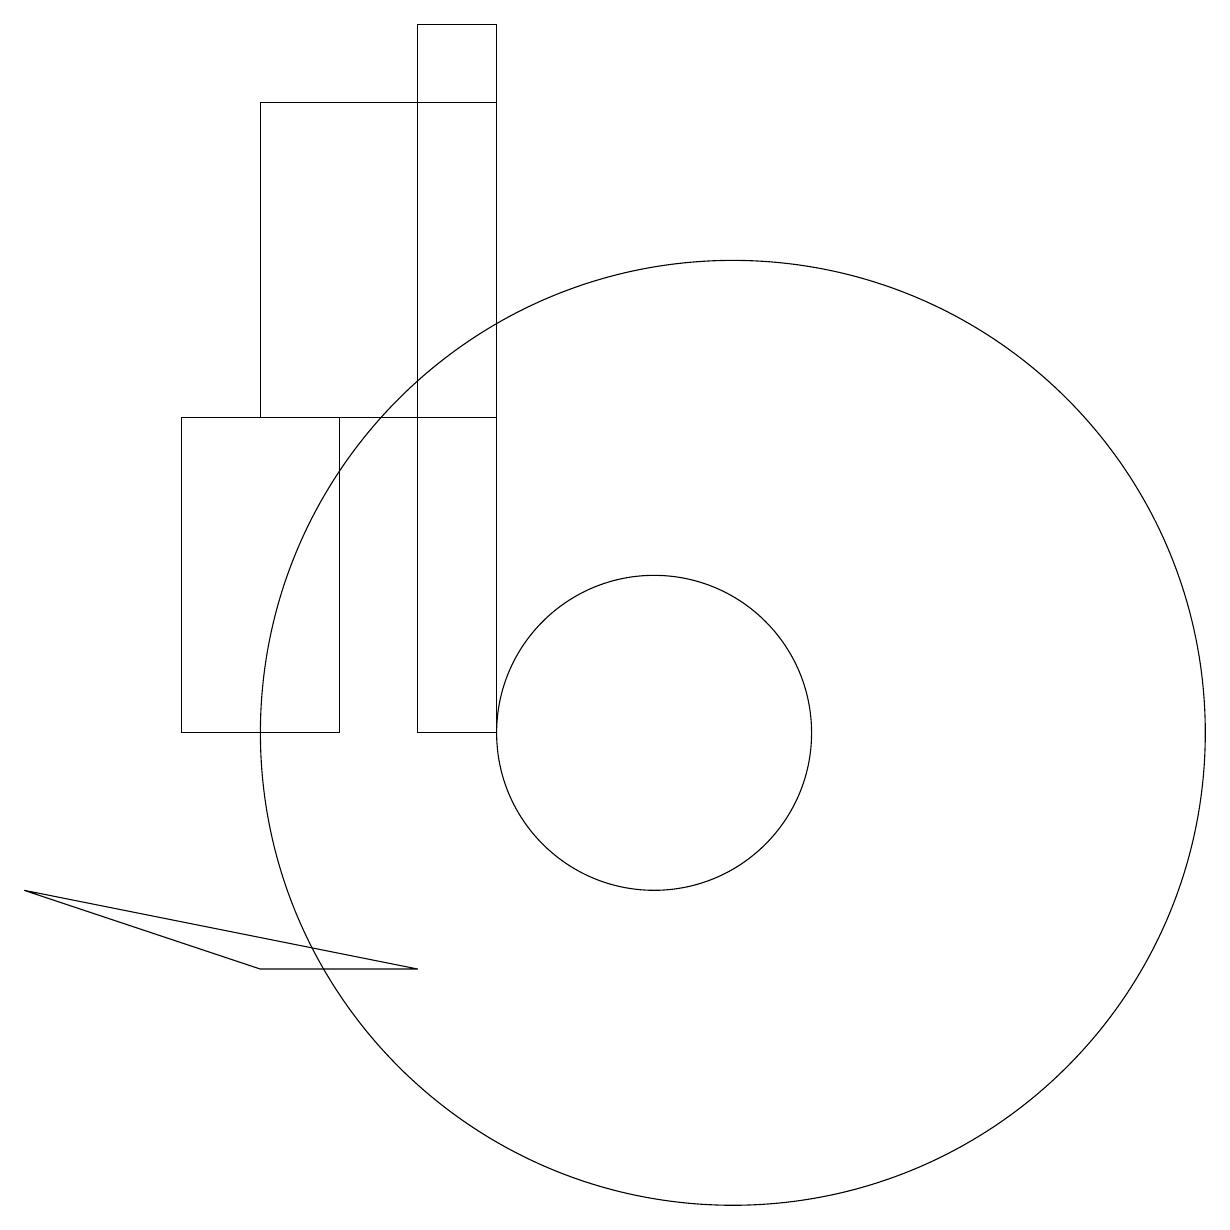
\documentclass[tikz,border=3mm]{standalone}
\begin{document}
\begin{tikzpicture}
\draw (7,19) rectangle (8,10);
\draw (11,10) circle (6);
\draw (4,14) rectangle (6,10);
\draw (10,10) circle (2);
\draw (8,18) rectangle (5,14);
\draw (2,8) -- (5,7) -- (7,7) -- cycle;
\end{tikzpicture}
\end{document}